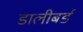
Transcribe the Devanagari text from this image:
डालीबर्ड